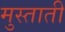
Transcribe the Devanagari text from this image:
मुस्ताती